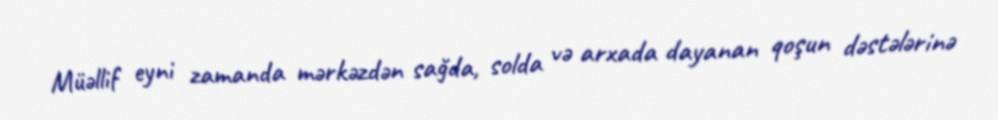
Müəllif eyni zamanda mərkəzdən sağda, solda və arxada dayanan qoşun dəstələrinə